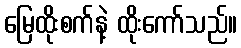
မြေထိုးစက်နဲ့ ထိုးကော်သည်။